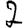
Digit: 2